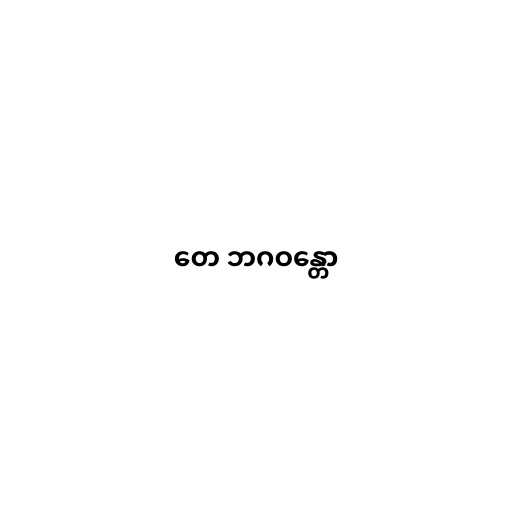
တေ ဘဂဝန္တော